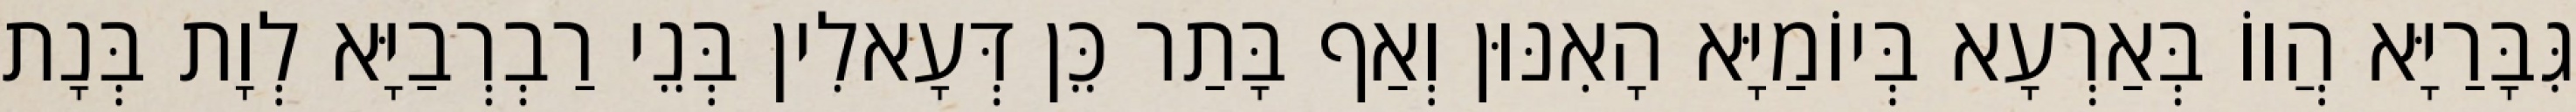
גִּבָּרַיָּא הֲווֹ בְּאַרְעָא בְּיוֹמַיָּא הָאִנּוּן וְאַף בָּתַר כֵּן דְּעָאלִין בְּנֵי רַבְרְבַיָּא לְוָת בְּנָת